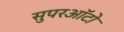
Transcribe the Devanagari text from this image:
सुपरऑटो